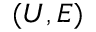
( U , E )